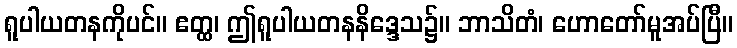
ရူပါယတနကိုပင်။ ဧတ္ထ၊ ဤရူပါယတနနိဒ္ဒေသ၌။ ဘာသိတံ၊ ဟောတော်မူအပ်ပြီ။